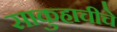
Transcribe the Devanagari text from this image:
साकुहाचीचे